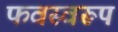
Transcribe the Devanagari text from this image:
फवस्वरूप